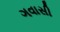
ગવાસી